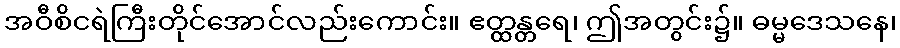
အဝီစိငရဲကြီးတိုင်အောင်လည်းကောင်း။ ဧတ္ထန္တရေ၊ ဤအတွင်း၌။ ဓမ္မဒေသနေ၊